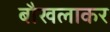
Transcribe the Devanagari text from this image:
बौखलाकर